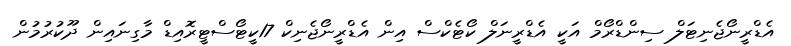
އެޑްރީނޯޖެނިޓަލް ސިންޑްރޯމް އަކީ އެޑްރީނަލް ކޯޓެކްސް އިން އެޑްރީނޯޖެނިކް 17ކީޓޯސްޓީރޮއިޑް މާގިނައިން ދޫކުރުމުން